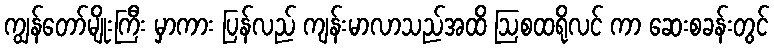
ကျွန်တော်မျိုးကြီး မှာကား ပြန်လည် ကျန်းမာလာသည်အထိ ဩစထရိုလင် ကာ ဆေးစခန်းတွင်